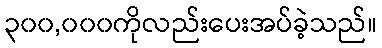
၃၀၀,၀၀၀ကိုလည်းပေးအပ်ခဲ့သည်။